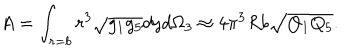
LaTeX: A = \int _ { r = b } r ^ { 3 } \sqrt { g _ { 1 } g _ { 5 } } d y d \Omega _ { 3 } \approx 4 \pi ^ { 3 } R b \sqrt { Q _ { 1 } Q _ { 5 } } .